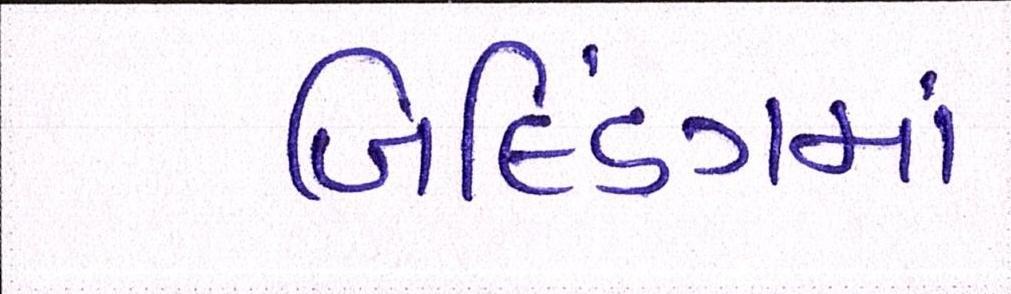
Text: બિલ્ડિંગમાં